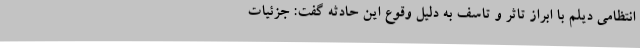
انتظامی دیلم با ابراز تاثر و تاسف به دلیل وقوع این حادثه گفت: جزئیات